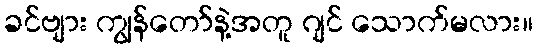
ခင်ဗျား ကျွန်တော်နဲ့အတူ ဂျင် သောက်မလား။